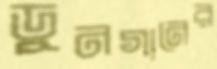
ডুনগানের